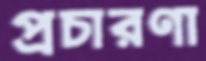
প্রচারণা